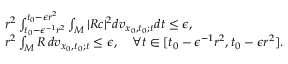
\begin{array} { r l } & { r ^ { 2 } \int _ { t _ { 0 } - \epsilon ^ { - 1 } r ^ { 2 } } ^ { t _ { 0 } - \epsilon r ^ { 2 } } \int _ { M } | R c | ^ { 2 } d v _ { x _ { 0 } , t _ { 0 } ; t } d t \le \epsilon , } \\ & { r ^ { 2 } \int _ { M } R \, d v _ { x _ { 0 } , t _ { 0 } ; t } \leq \epsilon , \quad \forall t \in [ t _ { 0 } - \epsilon ^ { - 1 } r ^ { 2 } , t _ { 0 } - \epsilon r ^ { 2 } ] . } \end{array}